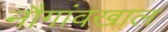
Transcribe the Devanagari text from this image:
नौगांवखाल